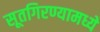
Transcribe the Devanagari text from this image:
सूतगिरण्यामध्ये